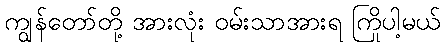
ကျွန်တော်တို့ အားလုံး ဝမ်းသာအားရ ကြိုပါ့မယ်